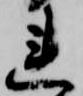
連